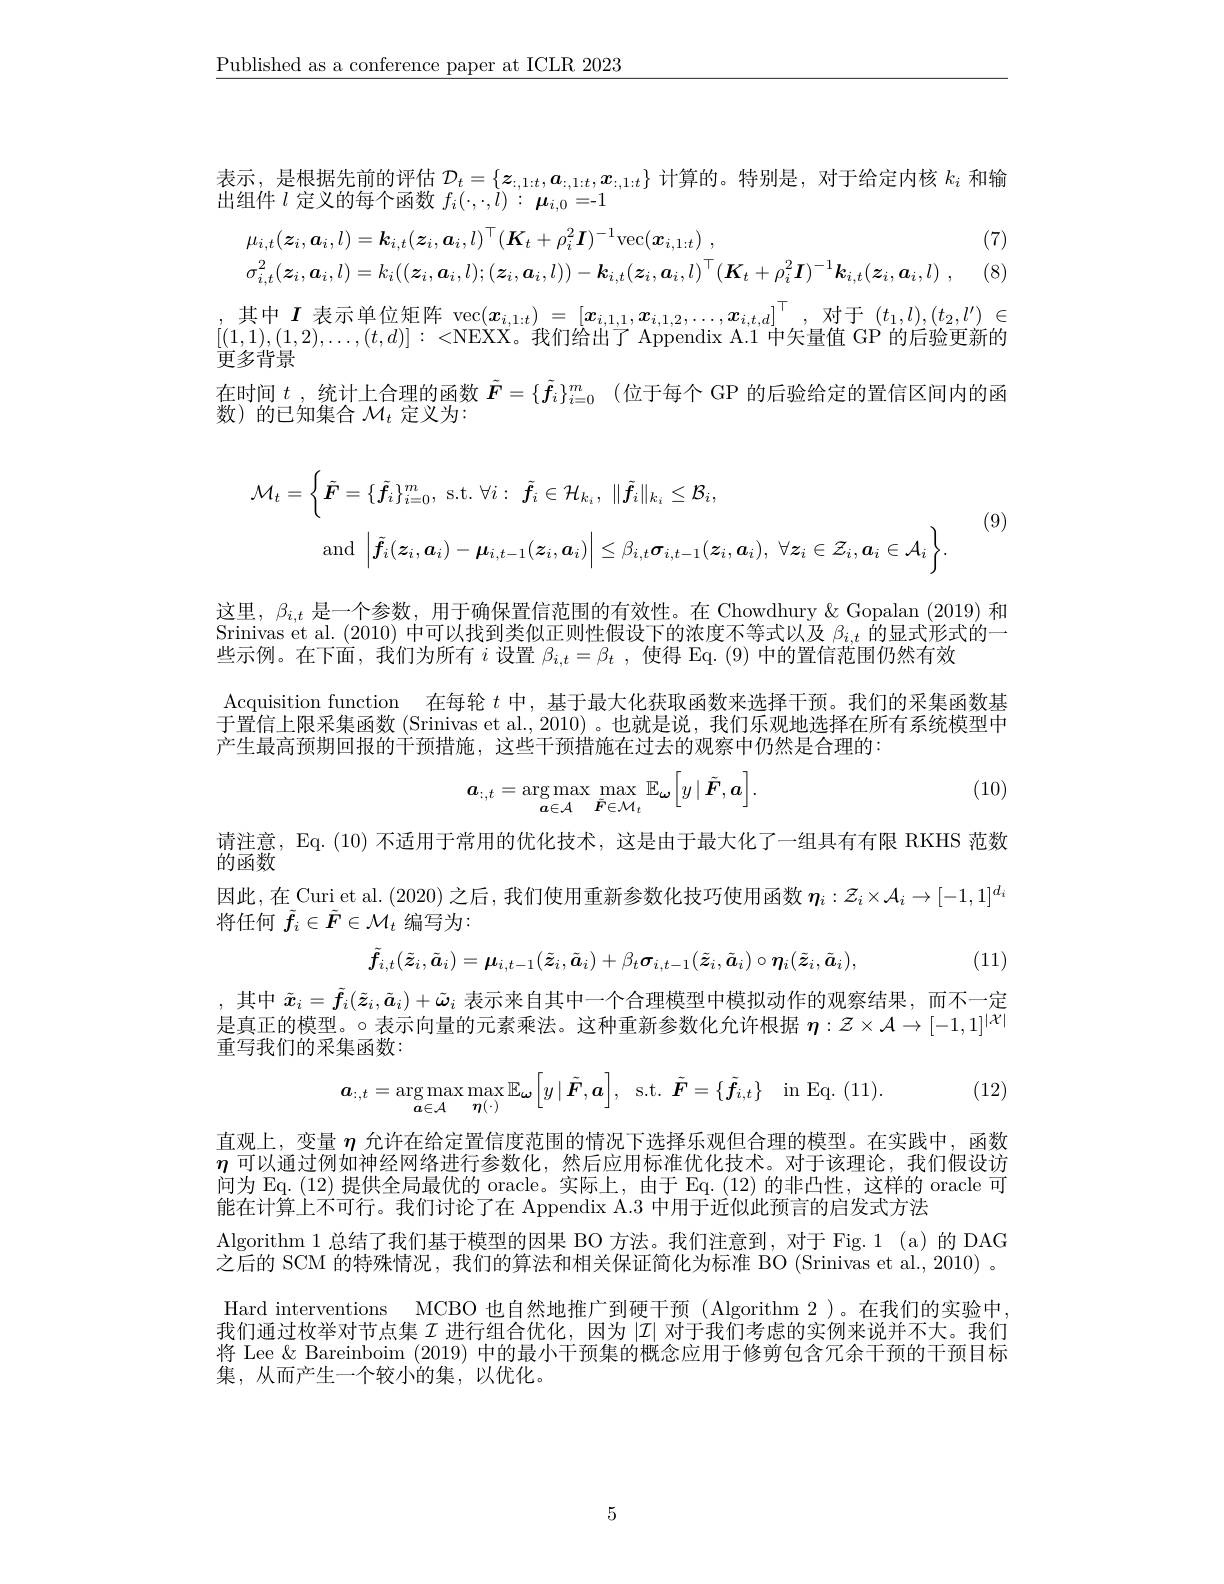
$\underline{\text{Published as a conference paper at ICLR 2023}}$

表示，是根据先前的评估$\mathcal{D}_t=\{\boldsymbol{z}_{:,1:t},\boldsymbol{a}_{:,1:t},\boldsymbol{x}_{:,1:t}\}$计算的。特别是，对于给定内核$k_i$和输出组件$l$定义的每个函数$f_i(\cdot,\cdot,l):\boldsymbol{\mu}_{i,0}=-1$

(7)

(8
$$\begin{aligned}&\mu_{i,t}(\boldsymbol{z}_{i},\boldsymbol{a}_{i},l)=\boldsymbol{k}_{i,t}(\boldsymbol{z}_{i},\boldsymbol{a}_{i},l)^{\top}(\boldsymbol{K}_{t}+\rho_{i}^{2}\boldsymbol{I})^{-1}\mathrm{vec}(\boldsymbol{x}_{i,1:t})\:,\\&\sigma_{i,t}^{2}(\boldsymbol{z}_{i},\boldsymbol{a}_{i},l)=k_{i}((\boldsymbol{z}_{i},\boldsymbol{a}_{i},l);(\boldsymbol{z}_{i},\boldsymbol{a}_{i},l))-\boldsymbol{k}_{i,t}(\boldsymbol{z}_{i},\boldsymbol{a}_{i},l)^{\top}(\boldsymbol{K}_{t}+\rho_{i}^{2}\boldsymbol{I})^{-1}\boldsymbol{k}_{i,t}(\boldsymbol{z}_{i},\boldsymbol{a}_{i},l)\:,\end{aligned}$$
$\begin{array}{c}\text{其中 }\boldsymbol{I}\text{ 表示单位矩阵 vec}(\boldsymbol{x}_{i,1:t})=[\boldsymbol{x}_{i,1,1},\boldsymbol{x}_{i,1,2},\ldots,\boldsymbol{x}_{i,t,d}]^{\top},\text{对于 }(t_{1},l),(t_{2},l^{\prime})\in\\[(1,1),(1,2),\ldots,(t,d)]:<\text{NEXX。我们给出了 Appendix A}.1\text{ 中矢量值 GP 的后验更新的}\end{array}$
更多背景
在时间$t$ ,统计上合理的函数$\tilde{F}=\{\tilde{f}_i\}_{i=0}^m$ (位于每个 GP 的后验给定的置信区间内的函
数)的已知集合$\mathcal{M}_t$定义为：

(9)
$$\begin{aligned}\mathcal{M}_{t}&=\left\{\tilde{\boldsymbol{F}}=\{\tilde{\boldsymbol{f}}_{i}\}_{i=0}^{m},\:\mathrm{s.t.}\:\forall i:\:\tilde{\boldsymbol{f}}_{i}\in\mathcal{H}_{k_{i}},\:\|\tilde{\boldsymbol{f}}_{i}\|_{k_{i}}\leq\mathcal{B}_{i},\\&\mathrm{and}\:\left|\tilde{\boldsymbol{f}}_{i}(\boldsymbol{z}_{i},\boldsymbol{a}_{i})-\boldsymbol{\mu}_{i,t-1}(\boldsymbol{z}_{i},\boldsymbol{a}_{i})\right|\leq\beta_{i,t}\boldsymbol{\sigma}_{i,t-1}(\boldsymbol{z}_{i},\boldsymbol{a}_{i}),\:\forall\boldsymbol{z}_{i}\in\mathcal{Z}_{i},\boldsymbol{a}_{i}\in\mathcal{A}_{i}\right\}.\end{aligned}$$
这里，$\beta_i,t$是一个参数，用于确保置信范围的有效性。在 Chowdhury $\&$ Gopalan (2019) 和Srinivas et al. (2010)中可以找到类似正则性假设下的浓度不等式以及$\beta_{i,t}$的显式形式的一些示例。在下面，我们为所有$i$设置$\beta _i, t= \beta _t$ , 使得 Eq.(9)中的置信范围仍然有效
Acquisition function 在每轮$t$中，基于最大化获取函数来选择干预。我们的采集函数基于置信上限采集函数 (Srinivas et al., 2010)。也就是说，我们乐观地选择在所有系统模型中产生最高预期回报的干预措施，这些干预措施在过去的观察中仍然是合理的：

(10)
$$\boldsymbol{a}_{:,t}=\arg\max_{\boldsymbol{a}\in\mathcal{A}}\max_{\tilde{\boldsymbol{F}}\in\mathcal{M}_{t}}\mathbb{E}_{\boldsymbol{\omega}}\Big[y\:|\:\tilde{\boldsymbol{F}},\boldsymbol{a}\Big].$$
请注意，Eq. (10)不适用于常用的优化技术，这是由于最大化了一组具有有限 RKHS 范数
的函数

因此，在 Curi et al. (2020) 之后，我们使用重新参数化技巧使用函数$\eta_i:\mathcal{Z}_i\times\mathcal{A}_i\to[-1,1]^{d_i}$
将任何$\tilde{f}_i\in\tilde{F}\in\mathcal{M}_t$编写为：
$$\tilde{\boldsymbol{f}}_{i,t}(\tilde{\boldsymbol{z}}_{i},\tilde{\boldsymbol{a}}_{i})=\boldsymbol{\mu}_{i,t-1}(\tilde{\boldsymbol{z}}_{i},\tilde{\boldsymbol{a}}_{i})+\beta_{t}\boldsymbol{\sigma}_{i,t-1}(\tilde{\boldsymbol{z}}_{i},\tilde{\boldsymbol{a}}_{i})\circ\boldsymbol{\eta}_{i}(\tilde{\boldsymbol{z}}_{i},\tilde{\boldsymbol{a}}_{i}),$$
(11)

,其中$\tilde{x}_i=\tilde{f}_i(\tilde{z}_i,\tilde{a}_i)+\tilde{\omega}_i$表示来自其中一个合理模型中模拟动作的观察结果，而不一定是真正的模型。$\circ$表示向量的元素乘法。这种重新参数化允许根据 $\eta:\mathcal{Z}\times\mathcal{A}\to[-1,1]^{|\mathcal{X}|}$ 重写我们的采集函数：
$$\boldsymbol{a}_{:,t}=\arg\max_{\boldsymbol{a}\in\mathcal{A}}\max_{\boldsymbol{\eta}(\cdot)}\mathbb{E}_{\boldsymbol{\omega}}\Big[y\:|\:\tilde{\boldsymbol{F}},\boldsymbol{a}\Big],\:\mathrm{s.t.}\:\tilde{\boldsymbol{F}}=\{\tilde{\boldsymbol{f}}_{i,t}\}\quad\mathrm{in}\:\mathrm{Eq.}\:(11).$$
(12)

Algorithm 1 总结了我们基于模型的因果 BO 方法。我们注意到，对于 Fig.1 (a)的 DAG

直观上，变量$\eta$允许在给定置信度范围的情况下选择乐观但合理的模型。在实践中，函数$\eta$可以通过例如神经网络进行参数化，然后应用标准优化技术。对于该理论，我们假设访间为 Eq. (12)提供全局最优的 oracle。实际上，由于 Eq. (12) 的非凸性，这样的 oracle 可能在计算上不可行。我们讨论了在 Appendix A.3 中用于近似此预言的启发式方法
之后的 SCM 的特殊情况，我们的算法和相关保证简化为标准 BO (Srinivas et al., 2010) 。Hard interventions MCBO 也自然地推广到硬干预 (Algorithm 2 )。在我们的实验中， 我们通过枚举对节点集$\mathcal{I}$进行组合优化，因为$|\mathcal{I}|$对于我们考虑的实例来说并不大。我们将 Lee & Bareinboim (2019) 中的最小干预集的概念应用于修剪包含冗余干预的干预目标集，从而产生一个较小的集，以优化。

5